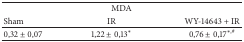
<table><thead><tr><td colspan="3"><b>MDA</b></td></tr><tr><td><b>Sham</b></td><td><b>IR</b></td><td><b>WY-14643 + IR</b></td></tr></thead><tbody><tr><td>0,32 ± 0,07</td><td>1,22 ± 0,13<sup><i>∗</i></sup></td><td>0,76 ± 0,17<sup><i>∗</i>,#</sup></td></tr></tbody></table>